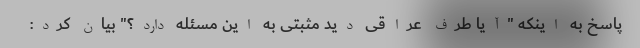
پاسخ به اینکه "آیا طرف عراقی دید مثبتی به این مسئله دارد؟" بیان کرد: